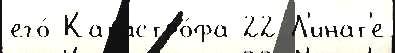
его́ Катастро́фа 22 Л'инат'е